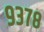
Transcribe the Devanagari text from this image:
९३७८